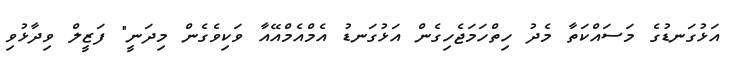
އަޅުގަނޑުގެ މަސައްކަތާ މެދު ހިތްހަމަޖެހިގެން އަޅުގަނޑު އެމްއެމްއޭއާ ވަކިވެގެން މިދަނީ" ފަޒީލް ވިދާޅުވި